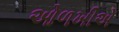
ઓળખીએ